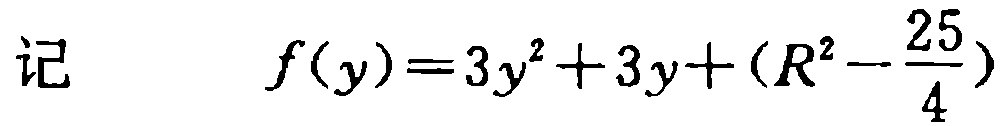
记 \[ f(y)=3y^{2}+3y+\left(R^{2}-\frac{25}{4}\right)\]